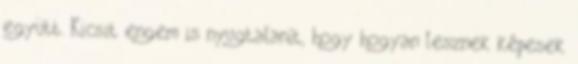
együtt. Kicsit engem is nyugtalanít, hogy hogyan lesznek képesek